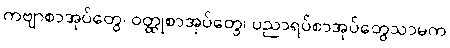
ကဗျာစာအုပ်တွေ၊ ဝတ္ထုစာအုပ်တွေ၊ ပညာရပ်စာအုပ်တွေသာမက